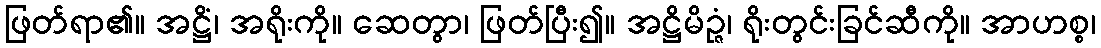
ဖြတ်ရာ၏။ အဋ္ဌိံ၊ အရိုးကို။ ဆေတွာ၊ ဖြတ်ပြီး၍။ အဋ္ဌိမိဉ္ဇံ၊ ရိုးတွင်းခြင်ဆီကို။ အာဟစ္စ၊